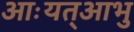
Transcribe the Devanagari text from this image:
आःयत्आभु